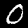
Label: 0